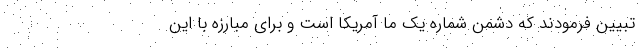
تبیین فرمودند که دشمن شماره یک ما آمریکا است و برای مبارزه با این